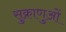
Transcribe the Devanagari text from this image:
सुक्राणुओं